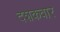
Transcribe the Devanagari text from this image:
दशकवार